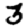
Digit: 3